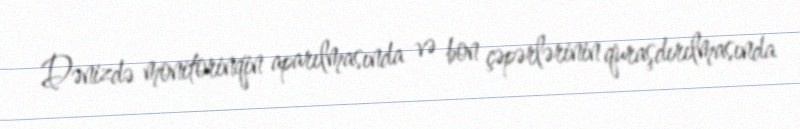
Dənizdə monitorinqin aparılmasında və bon çəpərlərinin quraşdırılmasında